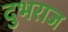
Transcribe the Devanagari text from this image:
दुभराज